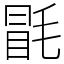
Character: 毷